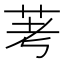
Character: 𫇷